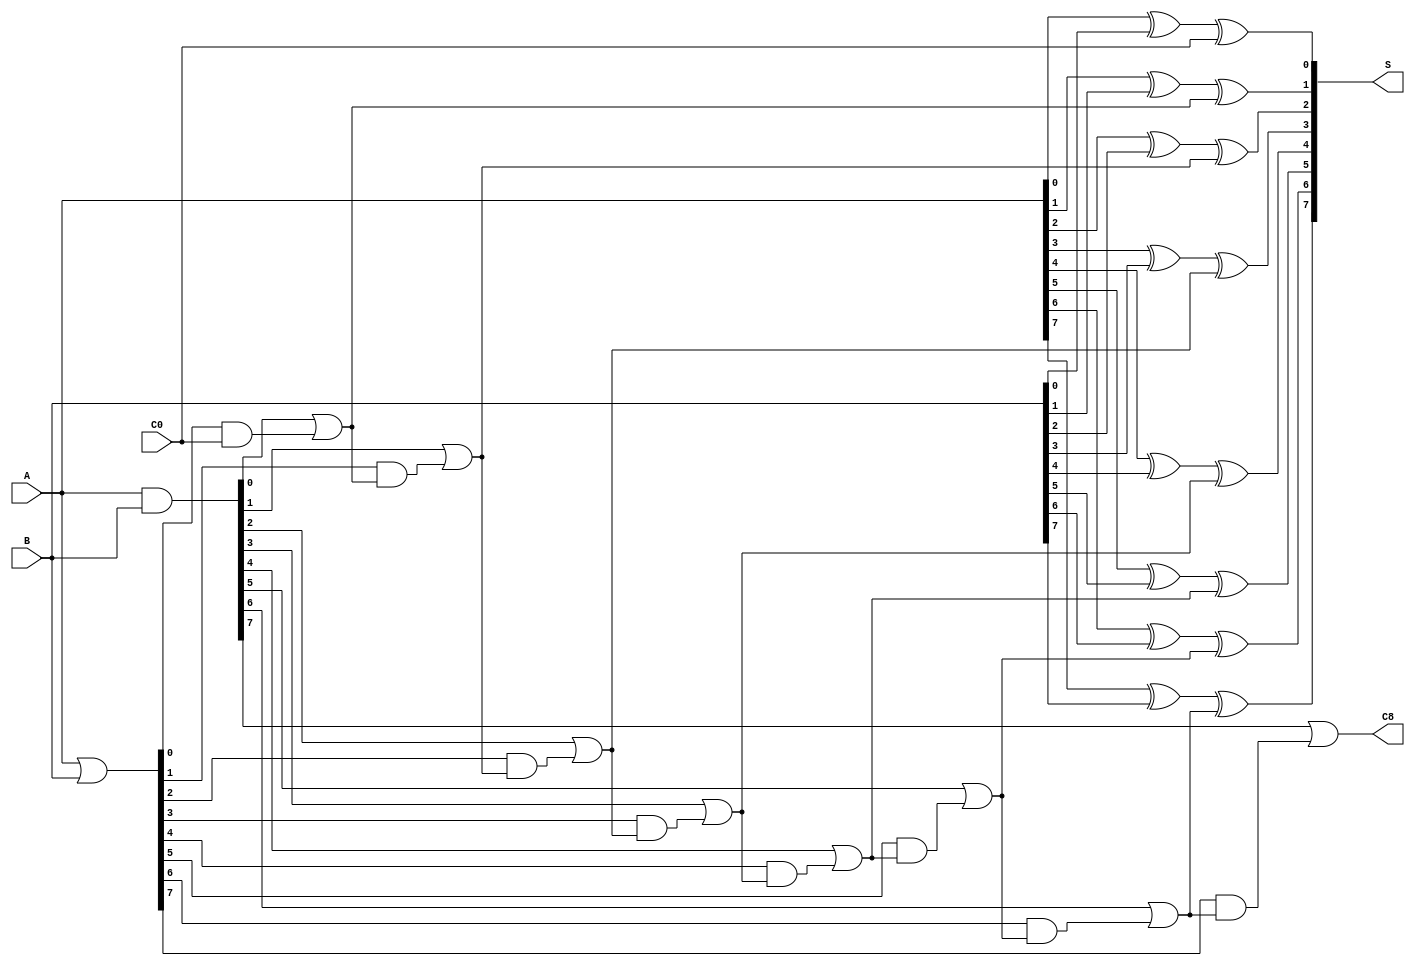
// Lab 3 | 8-bit CL Adder 
`timescale 1ns/1ns
module eight_bit_cla(A, B, C0, S, C8);

input[7:0] A, B;
input C0;
output[7:0] S;
output C8;

wire[7:0] G, P;
wire C1, C2, C3, C4, C5, C6, C7;

assign G = A & B;
assign P = A | B;

assign C1 = G[0] | (P[0] & C0);
assign C2 = G[1] | (P[1] & C1);
assign C3 = G[2] | (P[2] & C2);
assign C4 = G[3] | (P[3] & C3);
assign C5 = G[4] | (P[4] & C4);
assign C6 = G[5] | (P[5] & C5);
assign C7 = G[6] | (P[6] & C6);
assign C8 = G[7] | (P[7] & C7);

assign S[0] = A[0] ^ B[0] ^ C0;
assign S[1] = A[1] ^ B[1] ^ C1;
assign S[2] = A[2] ^ B[2] ^ C2;
assign S[3] = A[3] ^ B[3] ^ C3;
assign S[4] = A[4] ^ B[4] ^ C4;
assign S[5] = A[5] ^ B[5] ^ C5;
assign S[6] = A[6] ^ B[6] ^ C6;
assign S[7] = A[7] ^ B[7] ^ C7;

endmodule